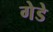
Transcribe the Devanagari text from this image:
गेडे